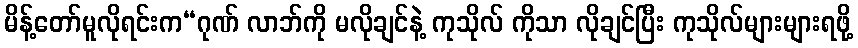
မိန့်တော်မူလိုရင်းက“ဂုဏ် လာဘ်ကို မလိုချင်နဲ့ ကုသိုလ် ကိုသာ လိုချင်ပြီး ကုသိုလ်များများရဖို့